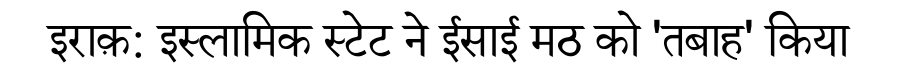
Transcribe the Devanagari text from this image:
इराक़: इस्लामिक स्टेट ने ईसाई मठ को 'तबाह' किया